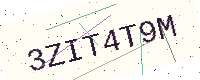
Text: 3ZIT4T9M